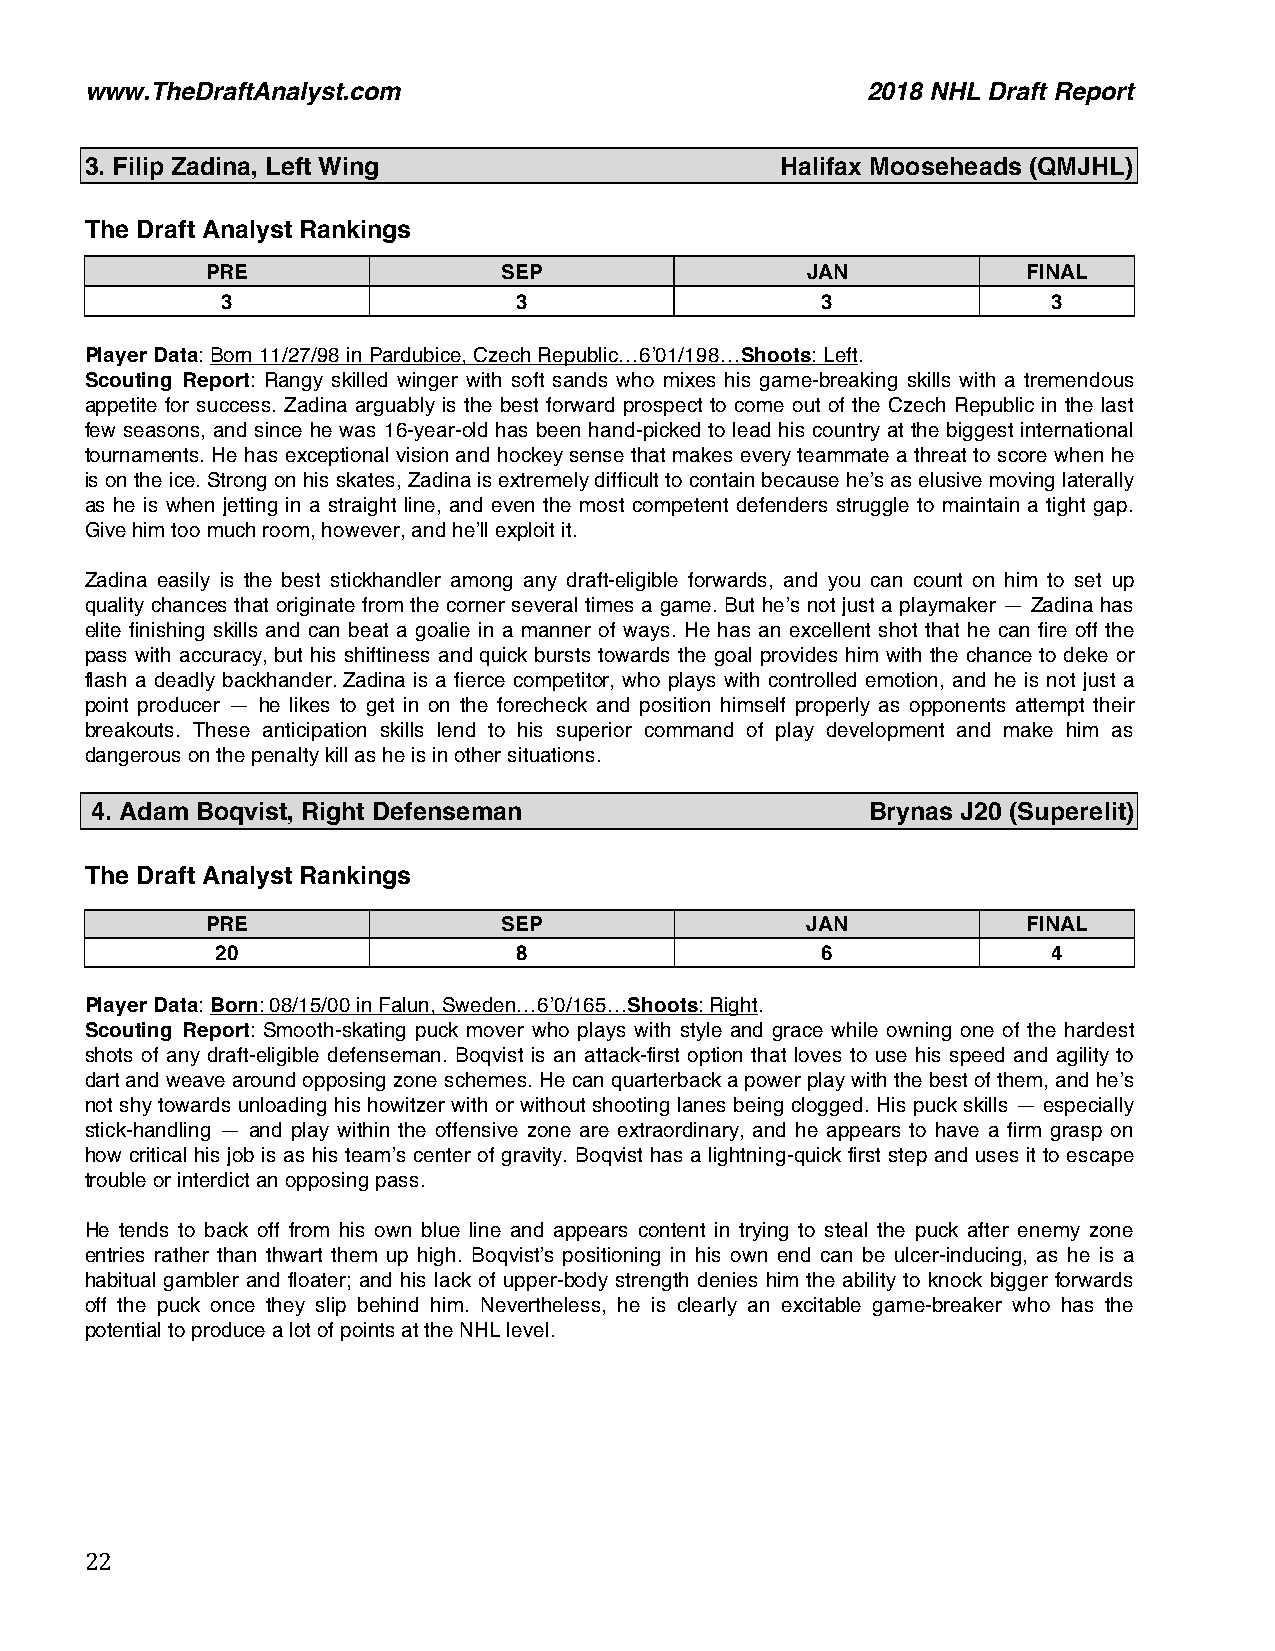
www.TheDraftAnalyst.com                            2018 NHL Draft Report
 3. Filip Zadina, Left Wing                    Halifax Mooseheads (QMJHL)
 The Draft Analyst Rankings
 PRE                SEP                 JAN            FINAL
 3                  3                   3               3
 Player Data: Born 11/27/98 in Pardubice, Czech Republic…6’01/198…Shoots: Left.
 Scouting Report: Rangy skilled winger with soft sands who mixes his game-breaking skills with a tremendous
 appetite for success. Zadina arguably is the best forward prospect to come out of the Czech Republic in the last
 few seasons, and since he was 16-year-old has been hand-picked to lead his country at the biggest international
 tournaments. He has exceptional vision and hockey sense that makes every teammate a threat to score when he
 is on the ice. Strong on his skates, Zadina is extremely difficult to contain because he’s as elusive moving laterally
 as he is when jetting in a straight line, and even the most competent defenders struggle to maintain a tight gap.
 Give him too much room, however, and he’ll exploit it.
 Zadina easily is the best stickhandler among any draft-eligible forwards, and you can count on him to set up
 quality chances that originate from the corner several times a game. But he’s not just a playmaker — Zadina has
 elite finishing skills and can beat a goalie in a manner of ways. He has an excellent shot that he can fire off the
 pass with accuracy, but his shiftiness and quick bursts towards the goal provides him with the chance to deke or
 flash a deadly backhander. Zadina is a fierce competitor, who plays with controlled emotion, and he is not just a
 point producer — he likes to get in on the forecheck and position himself properly as opponents attempt their
 breakouts. These anticipation skills lend to his superior command of play development and make him as
 dangerous on the penalty kill as he is in other situations.
 4. Adam Boqvist, Right Defenseman                   Brynas J20 (Superelit)
 The Draft Analyst Rankings
 PRE                SEP                 JAN            FINAL
 20                  8                   6               4
 Player Data: Born: 08/15/00 in Falun, Sweden…6’0/165…Shoots: Right.
 Scouting Report: Smooth-skating puck mover who plays with style and grace while owning one of the hardest
 shots of any draft-eligible defenseman. Boqvist is an attack-first option that loves to use his speed and agility to
 dart and weave around opposing zone schemes. He can quarterback a power play with the best of them, and he’s
 not shy towards unloading his howitzer with or without shooting lanes being clogged. His puck skills — especially
 stick-handling — and play within the offensive zone are extraordinary, and he appears to have a firm grasp on
 how critical his job is as his team’s center of gravity. Boqvist has a lightning-quick first step and uses it to escape
 trouble or interdict an opposing pass.
 He tends to back off from his own blue line and appears content in trying to steal the puck after enemy zone
 entries rather than thwart them up high. Boqvist’s positioning in his own end can be ulcer-inducing, as he is a
 habitual gambler and floater; and his lack of upper-body strength denies him the ability to knock bigger forwards
 off the puck once they slip behind him. Nevertheless, he is clearly an excitable game-breaker who has the
 potential to produce a lot of points at the NHL level.
 22